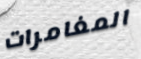
المغامرات